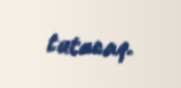
tutacaq.